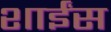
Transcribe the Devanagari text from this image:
शाईंस